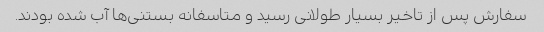
سفارش پس از تاخیر بسیار طولانی رسید و متاسفانه بستنی‌ها آب شده بودند.